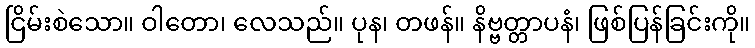
ငြိမ်းစဲသော။ ဝါတော၊ လေသည်။ ပုန၊ တဖန်။ နိဗ္ဗတ္တာပနံ၊ ဖြစ်ပြန်ခြင်းကို။